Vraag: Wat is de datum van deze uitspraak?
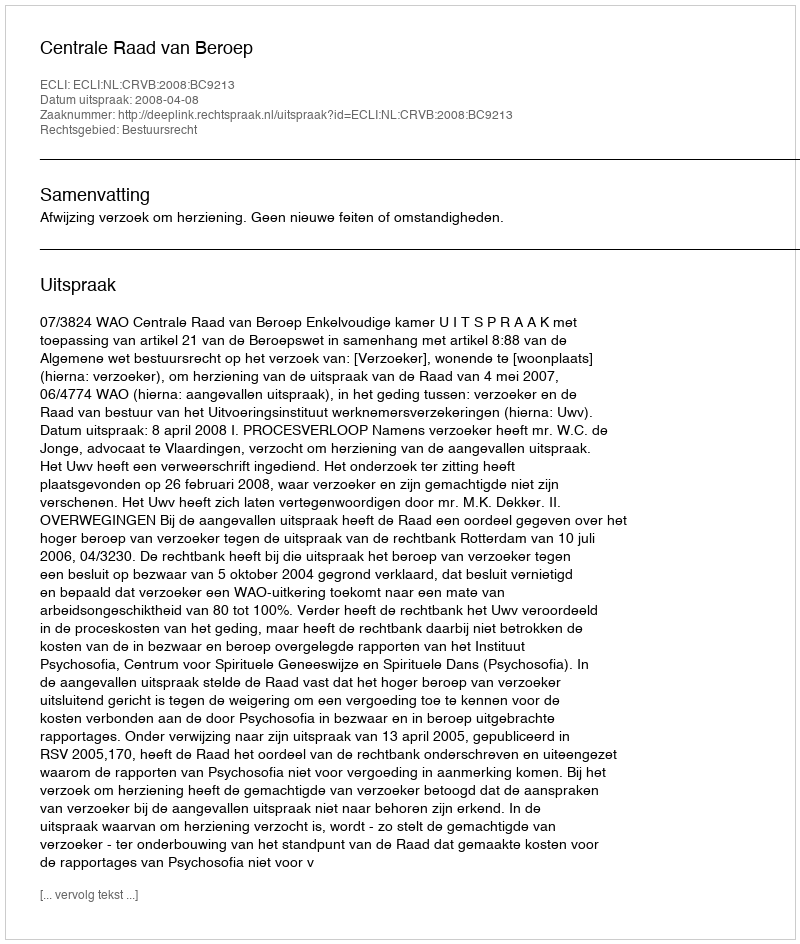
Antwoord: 2008-04-08